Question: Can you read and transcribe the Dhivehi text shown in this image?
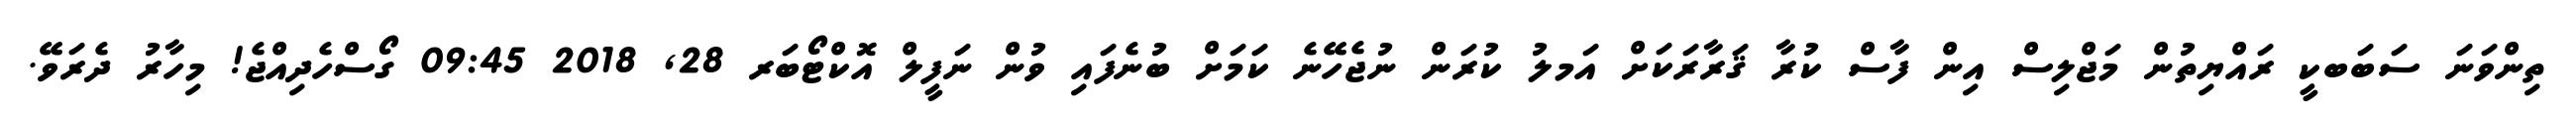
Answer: ތިންވަނަ ސަބަބކީ ރައްޔިތުން މަޖްލިސް އިން ފާސް ކުރާ ޤަރާރަކަށް އަމލު ކުރަން ނުޖެހޭނެ ކަމަށް ބުނެފައި ވުން ނަފީލް އޮކްޓޯބަރ 28, 2018 09:45 ގޯސްހެދިއްޖެ! މިހާރު ދެރަވޭ.